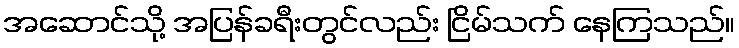
အဆောင်သို့ အပြန်ခရီးတွင်လည်း ငြိမ်သက် နေကြသည်။